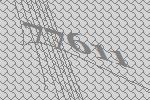
77611